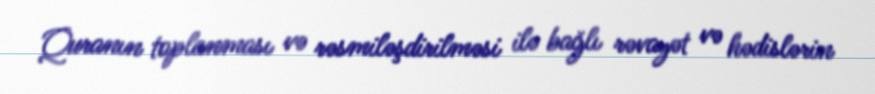
Quranın toplanması və rəsmiləşdirilməsi ilə bağlı rəvayət və hədislərin